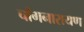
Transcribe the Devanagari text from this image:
चाँगनारायण